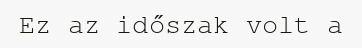
Ez az időszak volt a